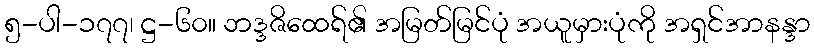
၅-ပါ-၁၇၇၊ ဋ္ဌ-၆၀။ ဘဒ္ဒဇိထေရ်၏ အမြတ်မြင်ပုံ အယူမှားပုံကို အရှင်အာနန္ဒာ